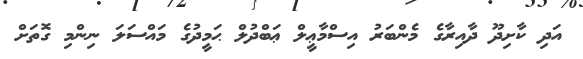
އަދި ކާށިދޫ ދާއިރާގެ މެންބަރު އިސްމާޢީލް ޢަބްދުލް ޙަމީދުގެ މައްސަލަ ނިންމި ގޮތަށް